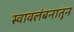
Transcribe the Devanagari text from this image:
स्वावलंबनातून